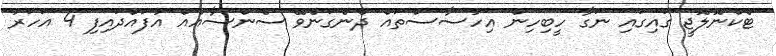
ޓެކްނޮލޮޖީ ގައިގައި ނަގާ ހީބިހިން އިހުސާސްތައް ދެނެގަނެވޭ ސެންސާއެއް އުފައްދައިފި 4 އަހަރު